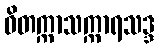
ဝိတက္ကာသက္ကာရသဒ္ဒ